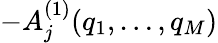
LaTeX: -A_{j}^{(1)}(q_{1},\dots,q_{M})